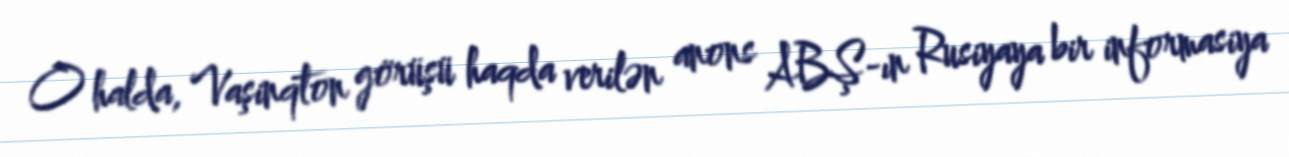
O halda, Vaşinqton görüşü haqda verilən anons ABŞ-ın Rusiyaya bir informasiya